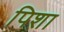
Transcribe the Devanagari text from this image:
पिशा